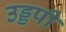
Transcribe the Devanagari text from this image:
उड्डपी